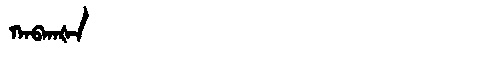
Manchu: ᡴᠠᠪᡴᠠᡧᠠ
Romanization: KABKAŠA